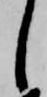
し